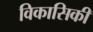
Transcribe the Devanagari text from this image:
विकासिकी